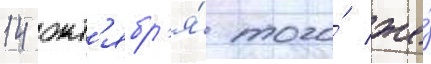
14 окт'ябр'я́ того́ же́